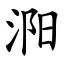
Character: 㳱